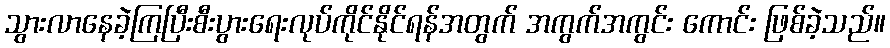
သွားလာနေခဲ့ကြပြီးစီးပွားရေးလုပ်ကိုင်နိုင်ရန်အတွက် အကွက်အကွင်း ကောင်း ဖြစ်ခဲ့သည်။